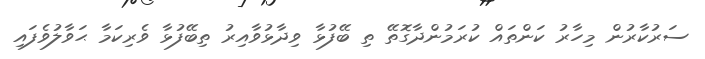
ސަރުކާރުން މިހާރު ކަންތައް ކުރަމުންދާގޮތޭ ތި ބޭފުޅާ ވިދާޅުވާއިރު ތިބޭފުޅާ ވެރިކަމާ ޙަވާލުވެފައި